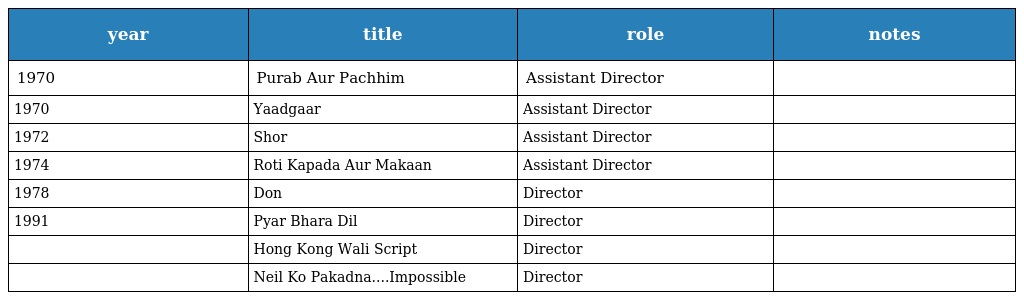
| year | title | role | notes |
 | --- | --- | --- | --- |
 | 1970 | Purab Aur Pachhim | Assistant Director |  |
 | 1970 | Yaadgaar | Assistant Director |  |
 | 1972 | Shor | Assistant Director |  |
 | 1974 | Roti Kapada Aur Makaan | Assistant Director |  |
 | 1978 | Don | Director |  |
 | 1991 | Pyar Bhara Dil | Director |  |
 |  | Hong Kong Wali Script | Director |  |
 |  | Neil Ko Pakadna....Impossible | Director |  |